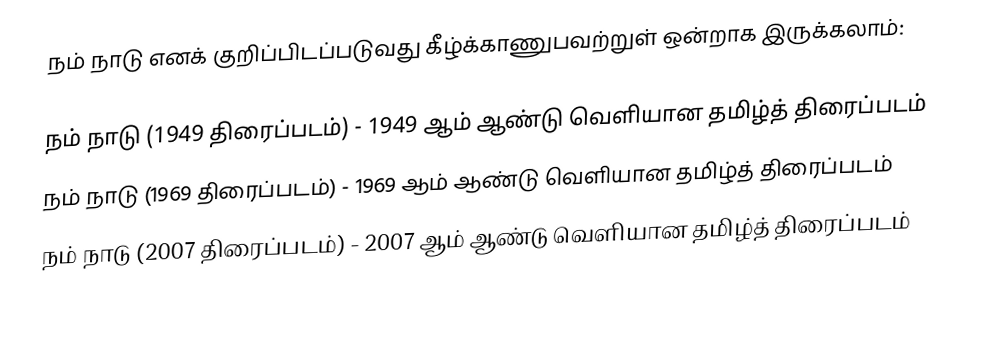
நம் நாடு எனக் குறிப்பிடப்படுவது கீழ்க்காணுபவற்றுள் ஒன்றாக இருக்கலாம்:

 நம் நாடு (1949 திரைப்படம்) - 1949 ஆம் ஆண்டு வெளியான தமிழ்த் திரைப்படம்
 நம் நாடு (1969 திரைப்படம்) - 1969 ஆம் ஆண்டு வெளியான தமிழ்த் திரைப்படம்
 நம் நாடு (2007 திரைப்படம்) - 2007 ஆம் ஆண்டு வெளியான தமிழ்த் திரைப்படம்